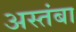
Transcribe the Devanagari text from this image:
अस्तंबा